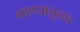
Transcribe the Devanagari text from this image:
गाण्यातूनच